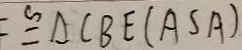
: \cong \Delta C B E ( A S A )